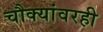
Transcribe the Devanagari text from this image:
चौक्यांवरही